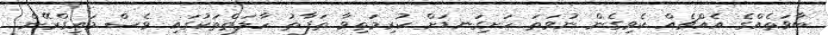
ބާވަތެއްގެ އެއްޗެއް ކެވިގެން ނުވަތަ ހަށިގަނޑަށް ކުރިމަތިވާ ތަފާތު ހާލަތްތަކުގައި ވެސް މައިގްރޭން